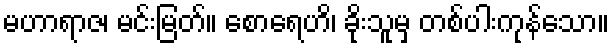
မဟာရာဇ၊ မင်းမြတ်။ စောရေဟိ၊ ခိုးသူမှ တစ်ပါးကုန်သော။